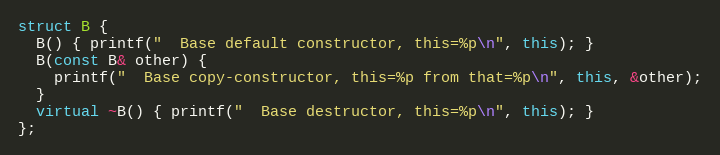
Language: C++
struct B {
  B() { printf("  Base default constructor, this=%p\n", this); }
  B(const B& other) {
    printf("  Base copy-constructor, this=%p from that=%p\n", this, &other);
  }
  virtual ~B() { printf("  Base destructor, this=%p\n", this); }
};